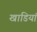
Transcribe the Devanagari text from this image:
खाडियां